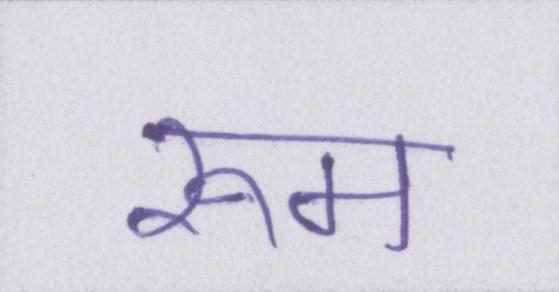
रूम